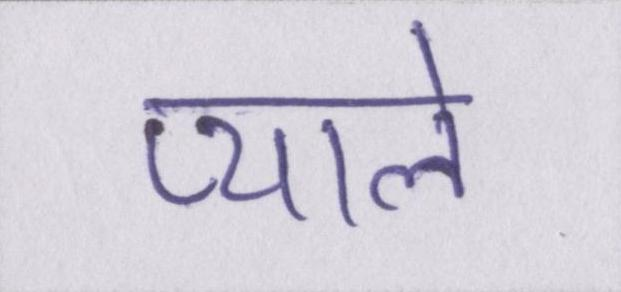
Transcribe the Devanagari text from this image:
प्याले